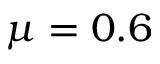
\mu = 0 . 6